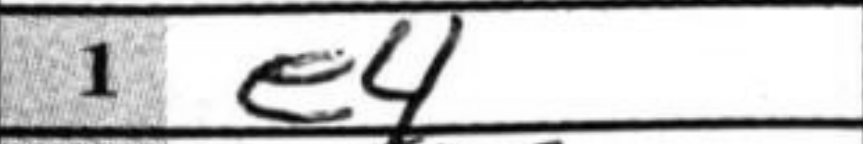
Transcription: e4